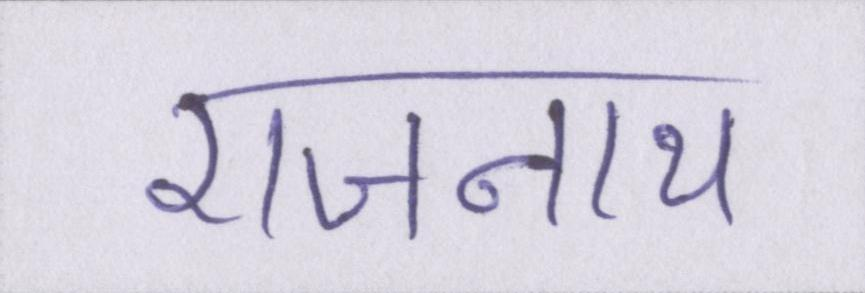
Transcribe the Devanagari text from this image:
राजनाथ